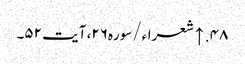
۴۸. ↑ شعراء/سوره۲۶، آیت ۵۲۔